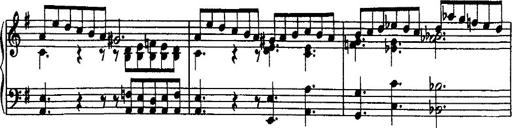
Title: Rondo di bravura
Composer: Franz Liszt